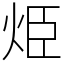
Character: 烥